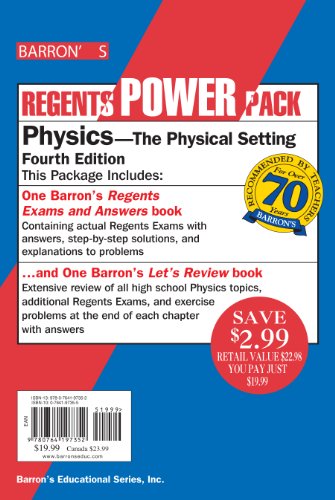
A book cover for Physics Power Pack (Regents Power Packs); Miriam A. Lazar  M.S.; Test Preparation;